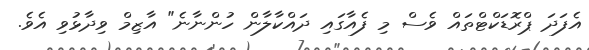
އެފަދަ ޕްރޮޑަކްޓްތައް ވެސް މި ފެއާގައި ދައްކާލާން ހުންނާނެ" އާޒިމް ވިދާޅުވި އެވެ.